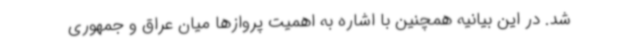
شد. در این بیانیه همچنین با اشاره به اهمیت پروازها میان عراق و جمهوری